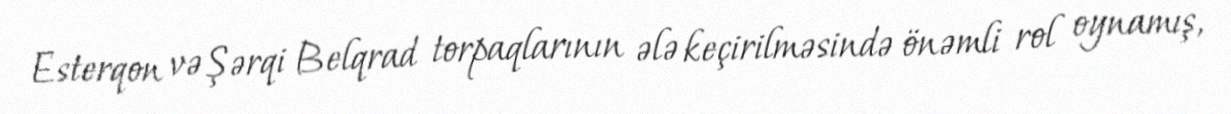
Esterqon və Şərqi Belqrad torpaqlarının ələ keçirilməsində önəmli rol oynamış,